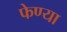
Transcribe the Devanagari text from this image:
फेण्या